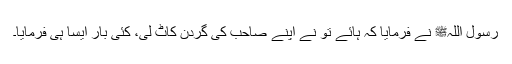
رسول اللہﷺ نے فرمایا کہ ہائے تو نے اپنے صاحب کی گردن کاٹ لی، کئی بار ایسا ہی فرمایا۔